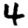
Digit: 4